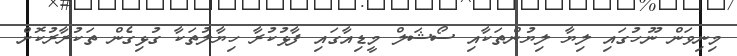
މިނިވަން ނޫހުގައި ލިޔާ ލިޔުންތަކާއި ސޯޝަލް މީޑިއާގައި ފާޅުކުރާ ހިޔާލުތަކާ ގުޅިގެން ތަކުރާރުކޮށް